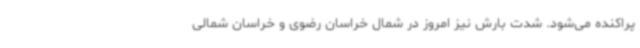
پراکنده می‌شود. شدت بارش نیز امروز در شمال خراسان رضوی و خراسان شمالی